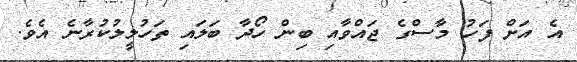
އެ އަށް ފަހު މާސްގެ ޖައްވާއި ބިން ހޯދާ ބަލައި ތަހުލީލުކުރާނެ އެވެ.